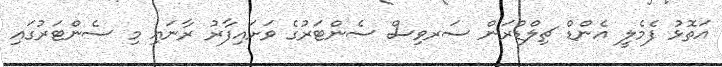
އަތޮޅު ފެމެލީ އެންޑް ޗިލްޑްރަން ސަރވިސް ސެންޓަރުގެ ވަށައިފާރު ރާނައި މި ސެންޓަރުގައި